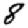
Digit: 8